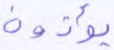
يؤذون